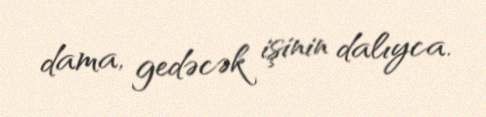
dama, gedəcək işinin dalıyca.